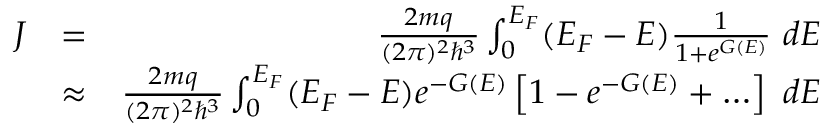
\begin{array} { r l r } { J } & { = } & { \frac { 2 m q } { ( 2 \pi ) ^ { 2 } \hbar ^ { 3 } } \int _ { 0 } ^ { { \cal E } _ { F } } ( { \cal E } _ { F } - { \cal E } ) \frac { 1 } { 1 + e ^ { G ( { \cal E } ) } } ~ d { { \cal E } } } \\ & { \approx } & { \frac { 2 m q } { ( 2 \pi ) ^ { 2 } \hbar ^ { 3 } } \int _ { 0 } ^ { { \cal E } _ { F } } ( { \cal E } _ { F } - { \cal E } ) e ^ { - G ( { \cal E } ) } \left[ 1 - e ^ { - G ( { \cal E } ) } + \ldots \right] ~ d { { \cal E } } } \end{array}